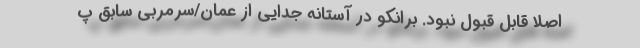
اصلا قابل قبول نبود. برانکو در آستانه جدایی از عمان/سرمربی سابق پ